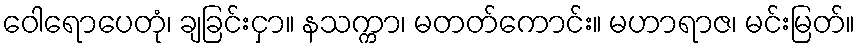
ဝေါရောပေတုံ၊ ချခြင်းငှာ။ နသက္ကာ၊ မတတ်ကောင်း။ မဟာရာဇ၊ မင်းမြတ်။